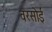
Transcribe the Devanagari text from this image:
वरसोई